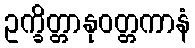
ဥက္ခိတ္တာနုဝတ္တကာနံ